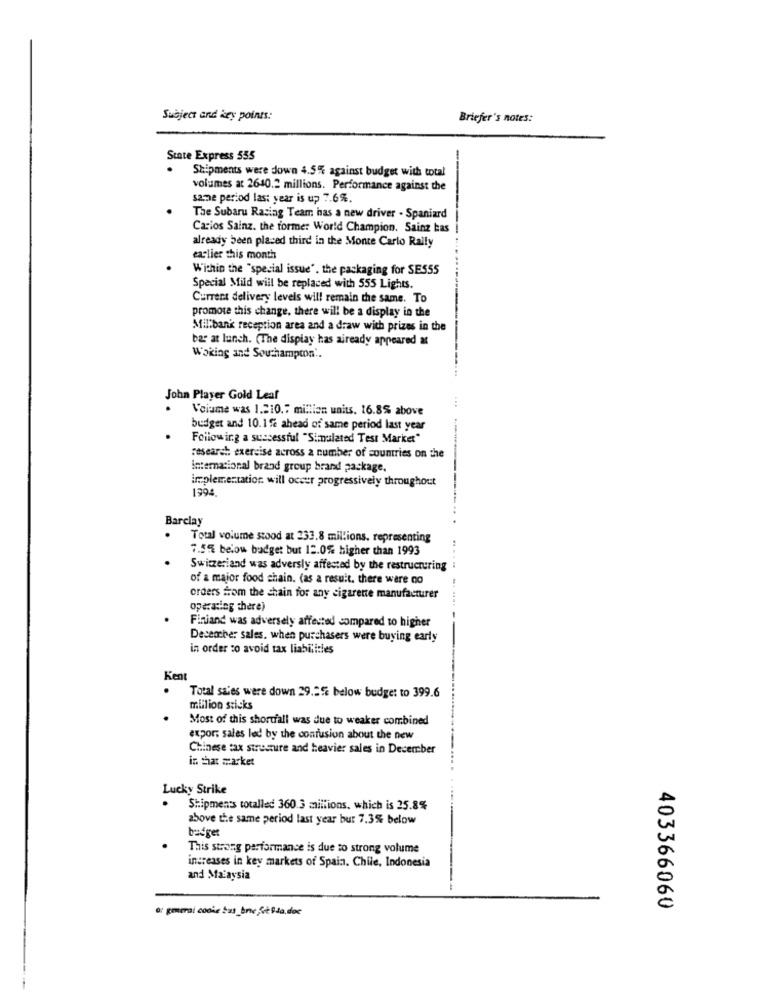
Subject and key points:
Briefer's notes:
State Express 555
--
.
Shipments were down 4.5% against budget with total
volumes at 2640.2 millions. Performance against the
same period last year is up 7.6%.
The Subaru Racing Team has a new driver . Spaniard
Carlos Sainz. the former World Champion. Sainz kas
already been placed third in the Monte Carlo Rally
earlier this month
Within the "special issue", the packaging for SE555
Special Mild will be replaced with 555 Lights.
Current delivery levels will remain the same. To
promote this change, there will be a display in the
Millbank reception area and a draw with prizes in the
ba at lunch. (The display has already appeared at
Woking and Southampton'.
John Player Gold Leaf
Volume was 1.210.7 million units. 16.8% above
budget and 10.1% ahead of same period last year
.
Following a successful "Simulated Test Market"
research: exercise across a number of countries on the
international brand group brand package,
ireplementation. will occur progressively throughout
1394.
Barclay
Total volume stood at 233,8 millions, representing
7.5% below budget but 12.0% higher than 1993
Switzerland was adversly affected by the restructuring
of a major food chain. (as a result, there were no
orders from the chain for any cigarene manufacturer
operating there)
Finiand was adversely affected compared to higher
Desember sales. when purchasers were buying early
in order to avoid tax liabilities
Kent
Total sales were down 29.2% below budget to 399.6
million sticks
Most of this shortfall was due to weaker combined
export sales led by the confusion about the new
Chinese tax structure and heavier sales in December
in that market
Lucky Strike
Shipments totalled 360.3 millions, which is 25.8%
above the same period last year bur 7.3% below
This strong performance is due to strong volume
increases in key markets of Spain. Chile, Indonesia
and Malaysia
a: general codie bus_bnc Siè Ria, doc
403366060